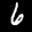
Label: 6